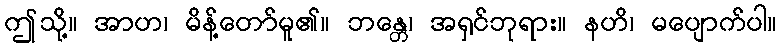
ဤသို့။ အာဟ၊ မိန့်တော်မူ၏။ ဘန္တေ၊ အရှင်ဘုရား။ နဟိ၊ မပျောက်ပါ။